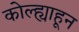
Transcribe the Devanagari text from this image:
कोल्ह्याहून